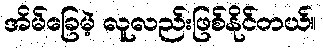
အိမ်ခြေမဲ့ လူလည်းဖြစ်နိုင်တယ်။